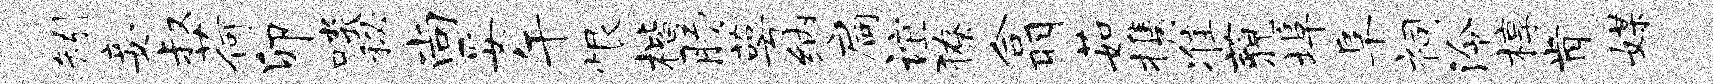
矧妾叔荷卯啖秘尚妥午恨楷肠萼纳扃谊獠翕茹携准藐埠阜祠泠椁肯媒